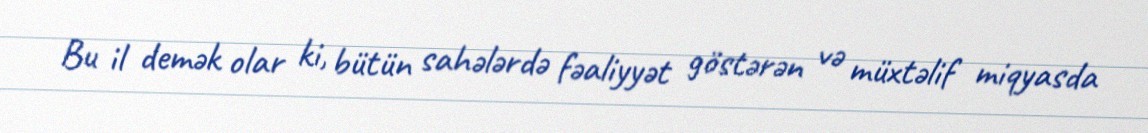
Bu il demək olar ki, bütün sahələrdə fəaliyyət göstərən və müxtəlif miqyasda